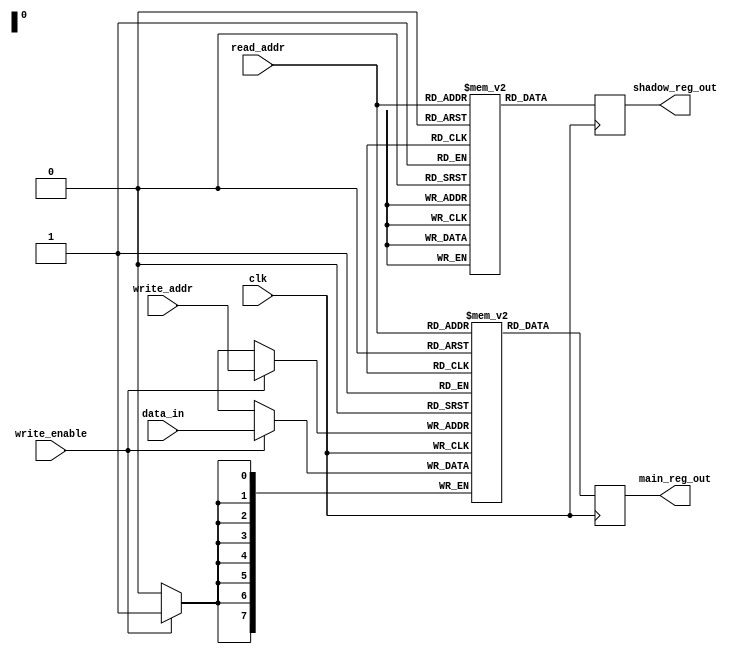
module shadow_register_file (
    input wire clk,
    input wire [7:0] read_addr,
    input wire [7:0] write_addr,
    input wire write_enable,
    input wire [7:0] data_in,
    output reg [7:0] main_reg_out,
    output reg [7:0] shadow_reg_out
);

reg [7:0] main_register [0:255];
reg [7:0] shadow_register [0:255];

always @(posedge clk) begin
    if (write_enable) begin
        main_register[write_addr] <= data_in;
    end
    
    main_reg_out <= main_register[read_addr];
    shadow_reg_out <= shadow_register[read_addr];
    
end

endmodule